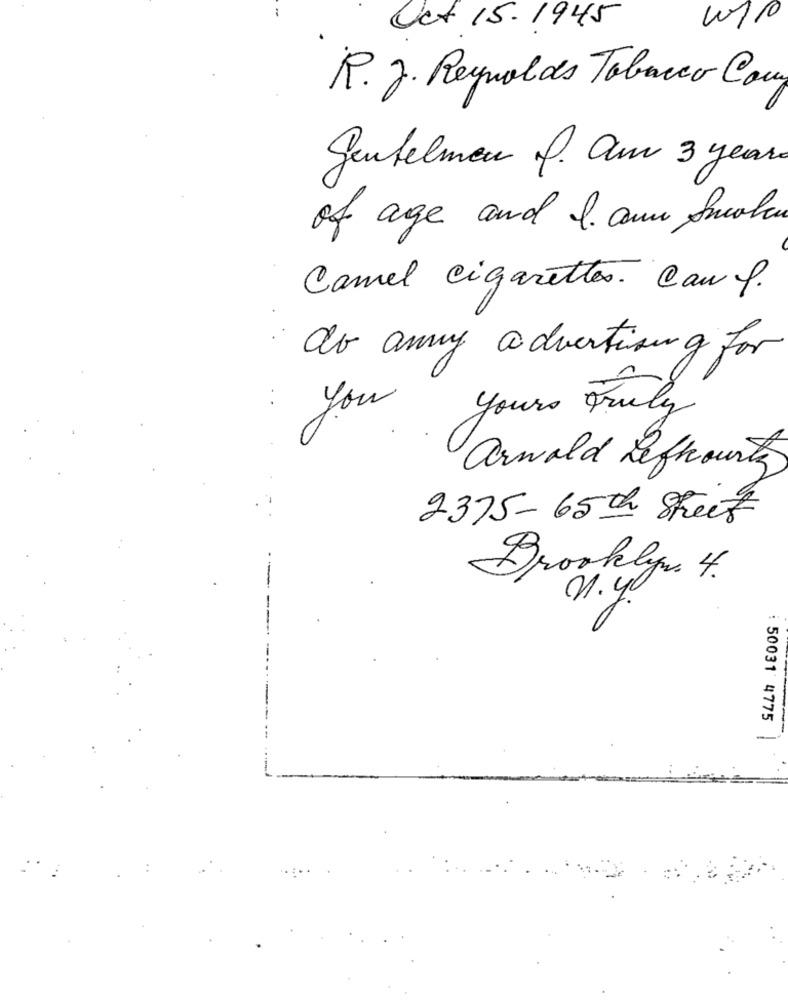
Oct 15. 1945
R. J. Reynolds Tabacco Com
Gentelman J. am 3 years
of age and I. am Smolen
Camel cigarettes. Can f.
do any advertising for
you yours truly
Arwold Defhourty
9375-65th Street
Brooklyn 4.
21.40
: 50031 4775